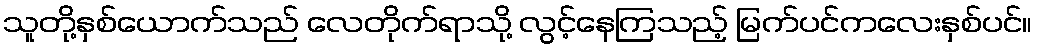
သူတို့နှစ်ယောက်သည် လေတိုက်ရာသို့ လွင့်နေကြသည့် မြက်ပင်ကလေးနှစ်ပင်။